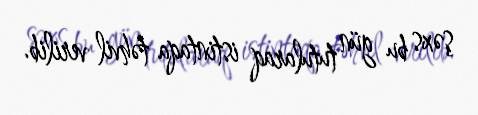
şəxs bu gün tutularaq istintaqa təhvil verilib.